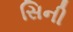
સિની